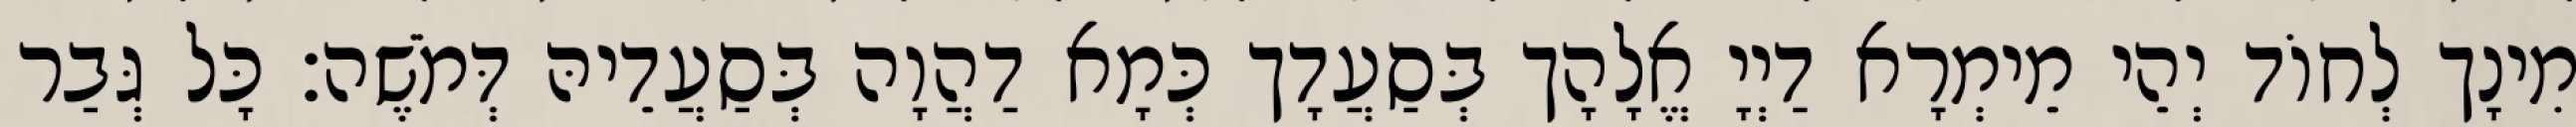
מִינָך לְחוֹד יְהֵי מֵימְרָא דַיְיָ אֱלָהָך בְּסַעֲדָך כְּמָא דַהֲוָה בְּסַעֲדֵיהּ דְּמֹשֶׁה׃ כָּל גְּבַר